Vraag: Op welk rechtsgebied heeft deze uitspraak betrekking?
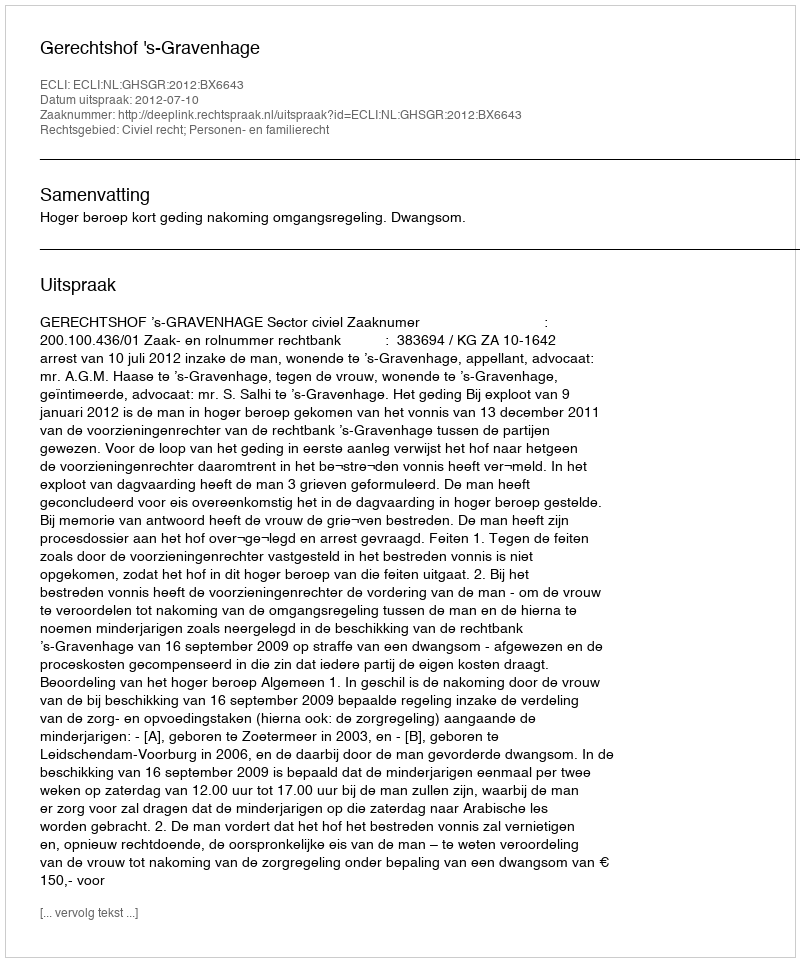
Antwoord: Civiel recht; Personen- en familierecht